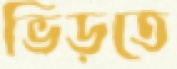
ভিড়তে